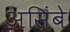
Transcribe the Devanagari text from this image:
असिंबे